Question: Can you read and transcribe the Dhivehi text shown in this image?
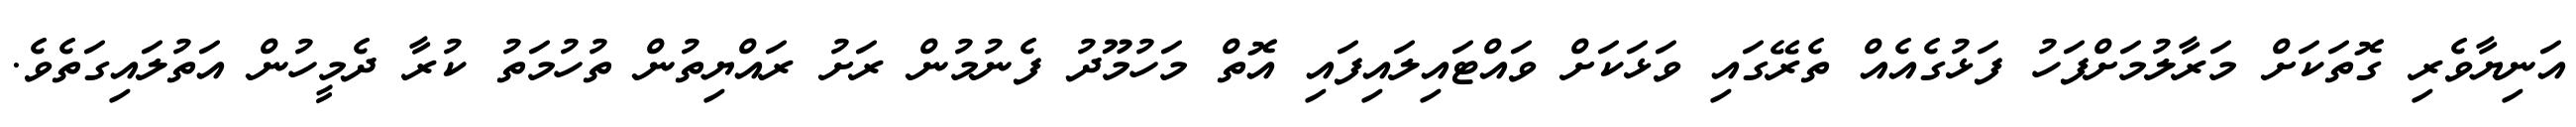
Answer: އަނިޔާވެރި ގޮތަކަށް މަރާލުމަށްފަހު ފަޅުގެއެއް ތެރޭގައި ވަޅަކަށް ވައްޓައިލައިފައި އޮތް މަހުމޫދު ފެނުމުން ރަށު ރައްޔިތުން ތުހުމަތު ކުރާ ދެމީހުން އަތުލައިގަތެވެ.